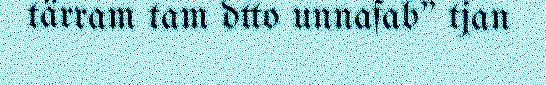
tärram tam dtto unnafab" tjan